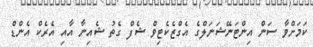
ކަމަށްވާ ސަން އިންޓަނޭޝަނަލްގެ އެގްޒެކެޓިވް ޝެފް ގެތު ޝެއިނާ އާއި އެރެކް އެންޑް